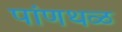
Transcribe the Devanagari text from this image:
पांणथळ